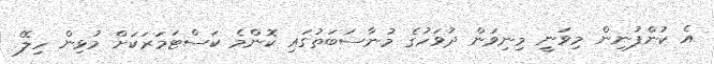
އެ ކުންފުނިން މިވަނީ މިނިވަން ދުވަހުގެ މުނާސަބަތުގައި ކޮންމެ ކަސްޓަމަރަކަށް މުޅިން ހިލޭ